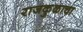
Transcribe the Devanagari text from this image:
राजकुळाचा